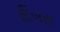
દિબસ